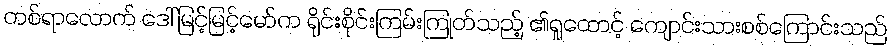
တစ်ရာလောက် ဒေါ်မြင့်မြင့်မော်က ရိုင်းစိုင်းကြမ်းကြုတ်သည့် ၏ရှုထောင့် ကျောင်းသားစစ်ကြောင်းသည်